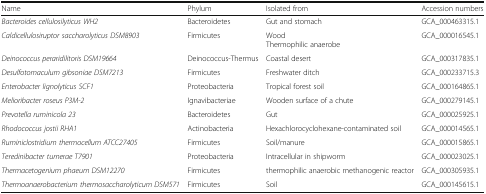
<table><thead><tr><td><b>Name</b></td><td><b>Phylum</b></td><td><b>Isolated from</b></td><td><b>Accession numbers</b></td></tr></thead><tbody><tr><td><i>Bacteroides cellulosilyticus WH2</i></td><td>Bacteroidetes</td><td>Gut and stomach</td><td>GCA_000463315.1</td></tr><tr><td><i>Caldicellulosiruptor saccharolyticus DSM8903</i></td><td>Firmicutes</td><td>WoodThermophilic anaerobe</td><td>GCA_000016545.1</td></tr><tr><td><i>Deinococcus peraridilitoris DSM19664</i></td><td>Deinococcus-Thermus</td><td>Coastal desert</td><td>GCA_000317835.1</td></tr><tr><td><i>Desulfotomaculum gibsoniae DSM7213</i></td><td>Firmicutes</td><td>Freshwater ditch</td><td>GCA_000233715.3</td></tr><tr><td><i>Enterobacter lignolyticus SCF1</i></td><td>Proteobacteria</td><td>Tropical forest soil</td><td>GCA_000164865.1</td></tr><tr><td><i>Melioribacter roseus P3M-2</i></td><td>Ignavibacteriae</td><td>Wooden surface of a chute</td><td>GCA_000279145.1</td></tr><tr><td><i>Prevotella ruminicola 23</i></td><td>Bacteroidetes</td><td>Gut</td><td>GCA_000025925.1</td></tr><tr><td><i>Rhodococcus jostii RHA1</i></td><td>Actinobacteria</td><td>Hexachlorocyclohexane-contaminated soil</td><td>GCA_000014565.1</td></tr><tr><td><i>Ruminiclostridium thermocellum ATCC27405</i></td><td>Firmicutes</td><td>Soil/manure</td><td>GCA_000015865.1</td></tr><tr><td><i>Teredinibacter turnerae T7901</i></td><td>Proteobacteria</td><td>Intracellular in shipworm</td><td>GCA_000023025.1</td></tr><tr><td><i>Thermacetogenium phaeum DSM12270</i></td><td>Firmicutes</td><td>thermophilic anaerobic methanogenic reactor</td><td>GCA_000305935.1</td></tr><tr><td><i>Thermoanaerobacterium thermosaccharolyticum DSM571</i></td><td>Firmicutes</td><td>Soil</td><td>GCA_000145615.1</td></tr></tbody></table>